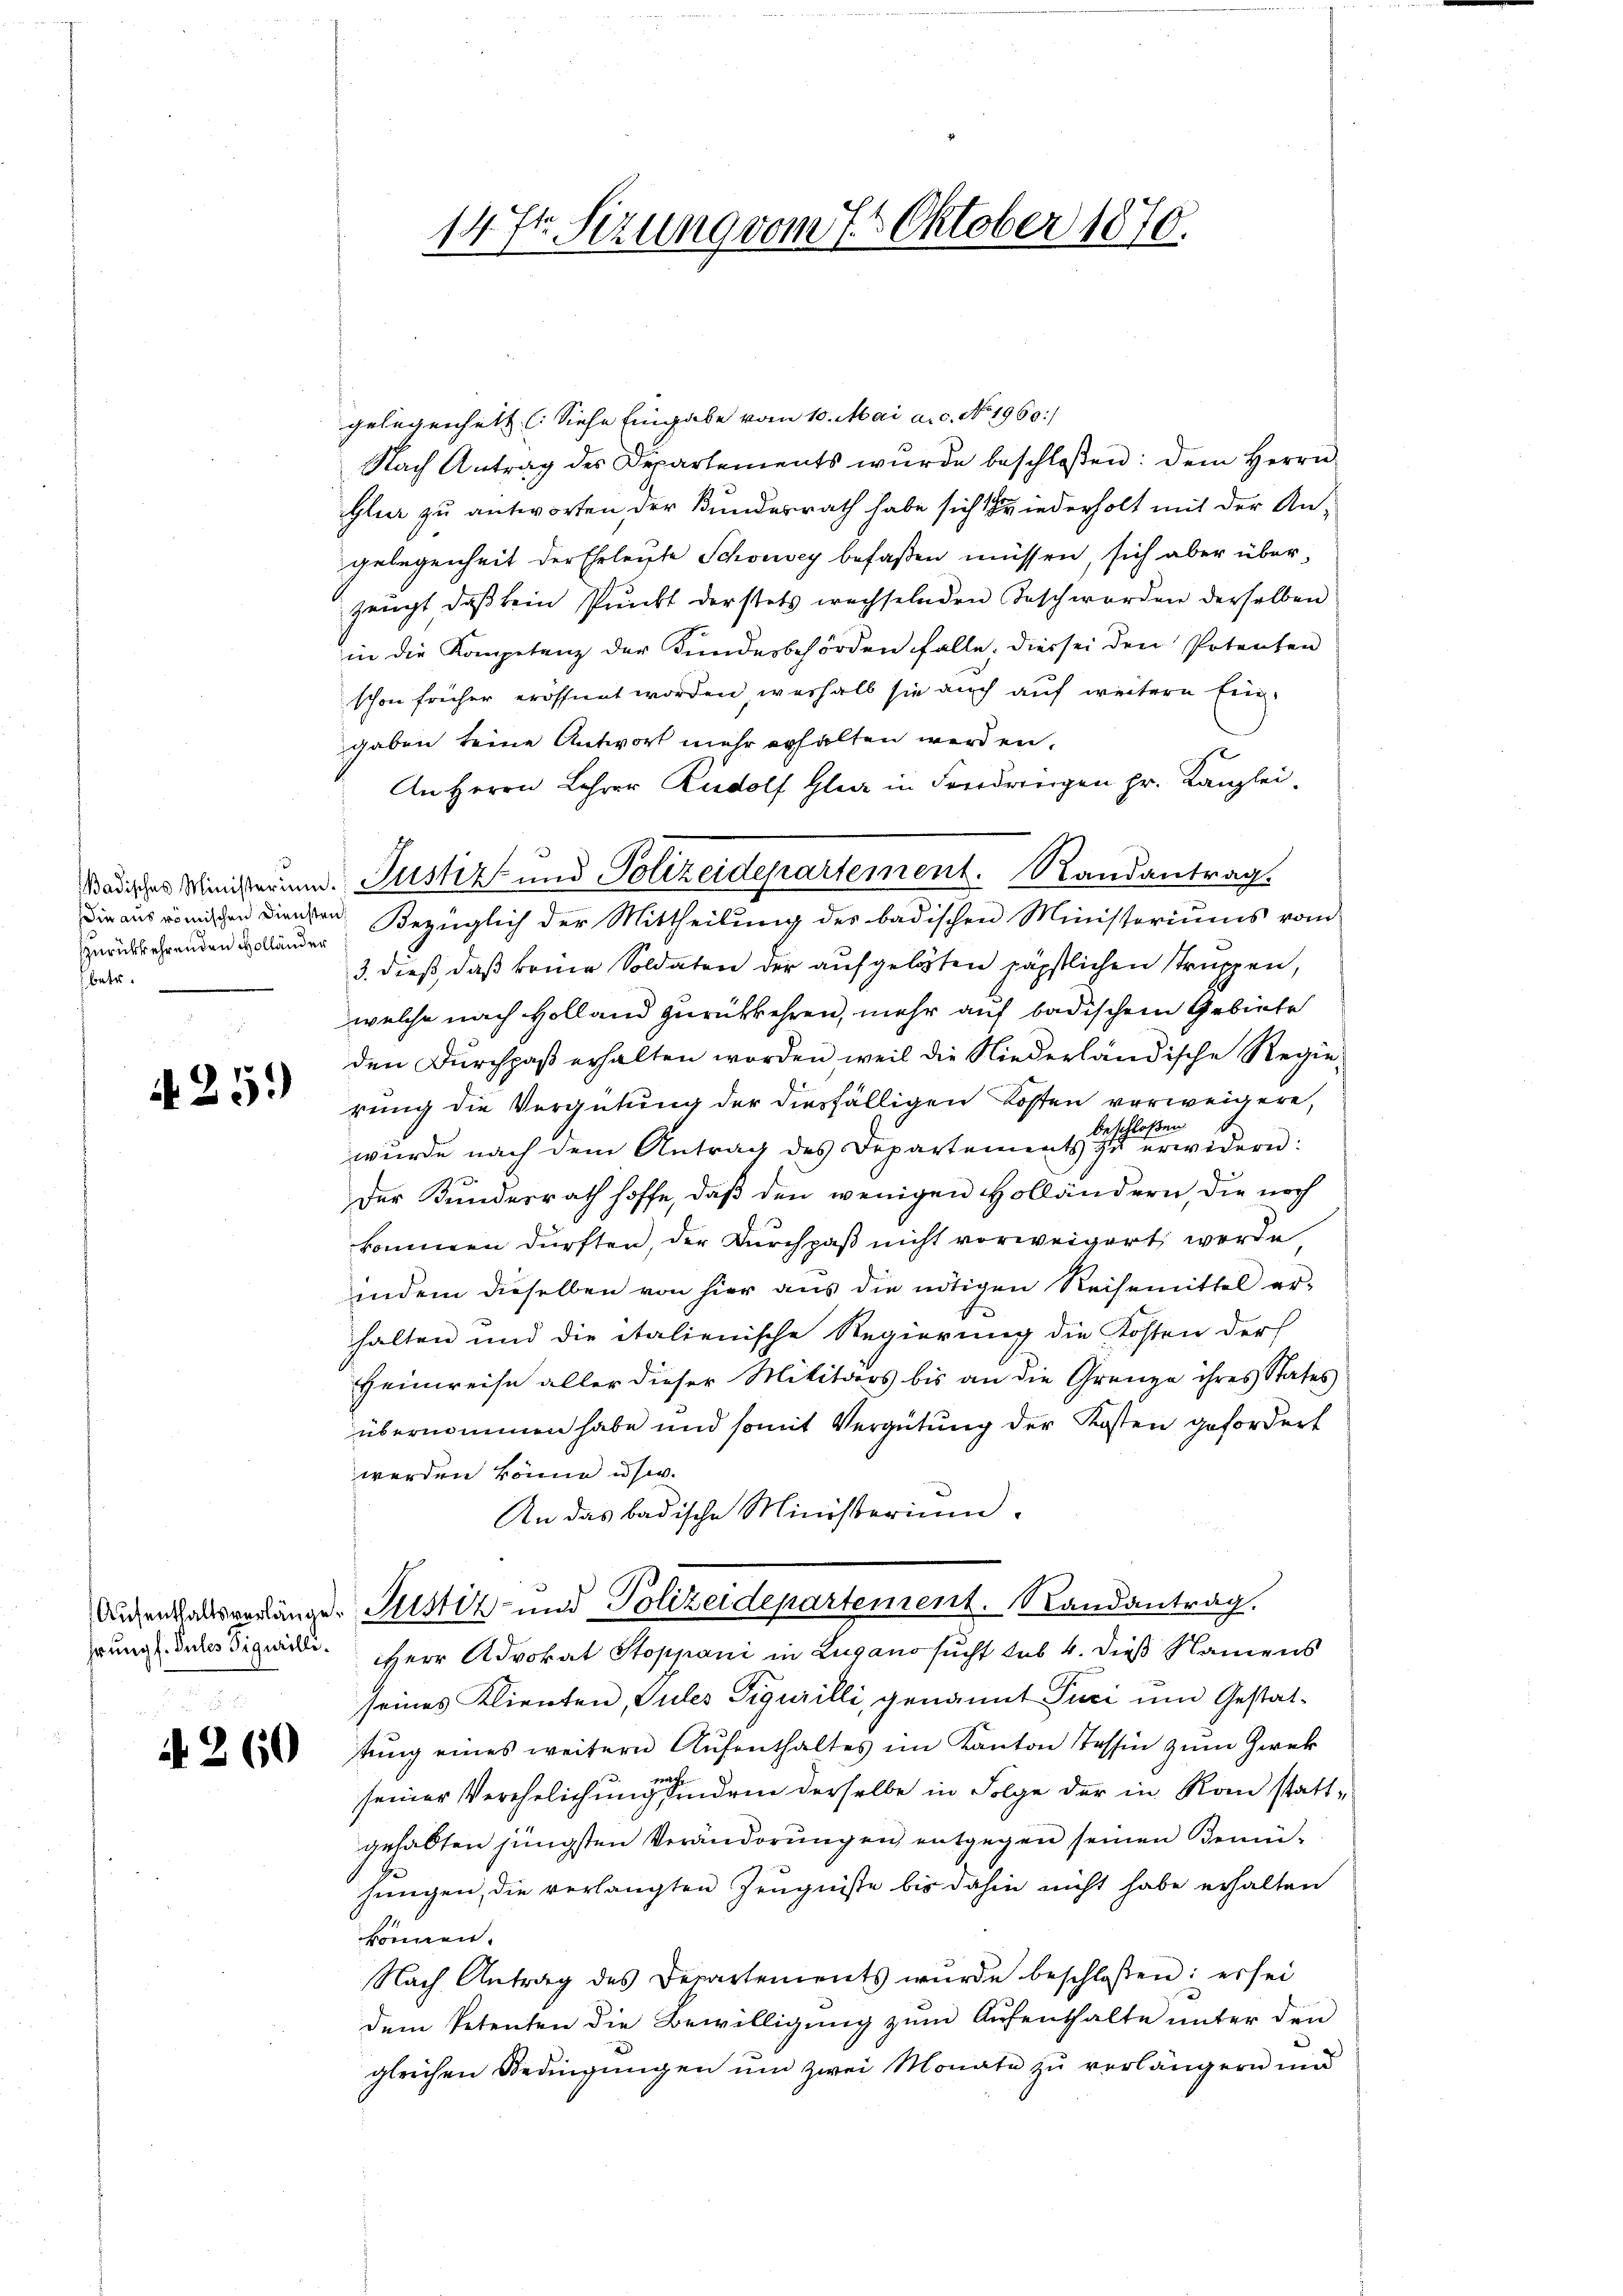
zurückkehrenden Holländer
Ebetr.

N. 25.

f. 260

gelegenhett (Siehe Eingabe vom 10. Mai a. c. No. 1960./
Nach Antrag des Departements wurde beschloßen: dem Herrn
Glur zu antworten der Bundesrath habe sich hiederholt mit der Angelegenheit der Ehrleute Schönvey befaßen müssen, sich aber überzeugt, daβ sein Pŭnkt derstets wechselnden Tasch worden derselben
in die Kompetenz der Kundesbehörden falle, dies sei den Potenten
schon früher eröffnet worden, weshalb sie auch auf weitere Ein-
gaben keine Antwort mehr erhalten werden.
An Herrn Lehrer Rudolf Glanz in Friedrigen pr. Kanzleidie aus römischen Diensten Bezüglich der Mittheilung des badischen Ministeriums vom
3. dieß, daß keine Soldaten der aufgelegten päpstlichen Struppen,
welche nach Holland zurückkehren, mehr auf badischem Gebiete
den Durchpaß erhalten worden, weil die Niederländische Regie-
reng die Vergütung der diesfälligen Kosten verweigere,
beschloßen
wurde nach dem Antrag des Departements zŭ erwidern:
Der Kundesrath hoffe, daß den wenigen Holländern, die noch
kommen dürften, der Durchpaß nicht vorweigert werde
indem dieselben von hier aus die nötigen Reisemittel er-
halten und die italienische Regierung die Kosten der
Heimreise aller dieser Militärs bis an die Grenze ihres States
übernommen habe und somit Vergütung der Kosten gefordert
werden könne usw.
An das badische Ministerium.
Aufenthalsverlänger Justiz- und Polizeidepartement. Randantrag.
rung Intes Figurie Herr Advokat Stoppani in Lugano sucht sub 4. dieß Namens
seines Klienten, Sules Figurilli, genannt Puci und Gestattŭng eines weitern Aŭfenthaltes im Kanton Tessin zum Zweck
seiner Verehelichung in dem derselbe in Folge der in Rom stattgehabten jüngsten Veränderungen entgegen seinen Bemühungen, die verlangten Zeugnisse bis dahin nicht habe erhalten
können.
Nach Antrag des Departements wŭrde beschloßen: es sei
dem Petenten die Bewilligung zum Aufenthalte unter den
gleichen Bedingungen um zwei Monate zu verlängern und

14 t Sezung vom 7. Oktober 1870.

Badisches Ministerium. Justiz und Polizeidepartement. Randantrag.